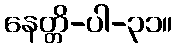
နေတ္တိ-ပါ-၃၁။